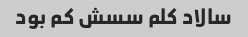
سالاد کلم سسش کم بود